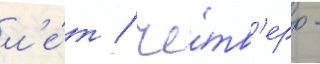
л'е́т / че́тв'еро -